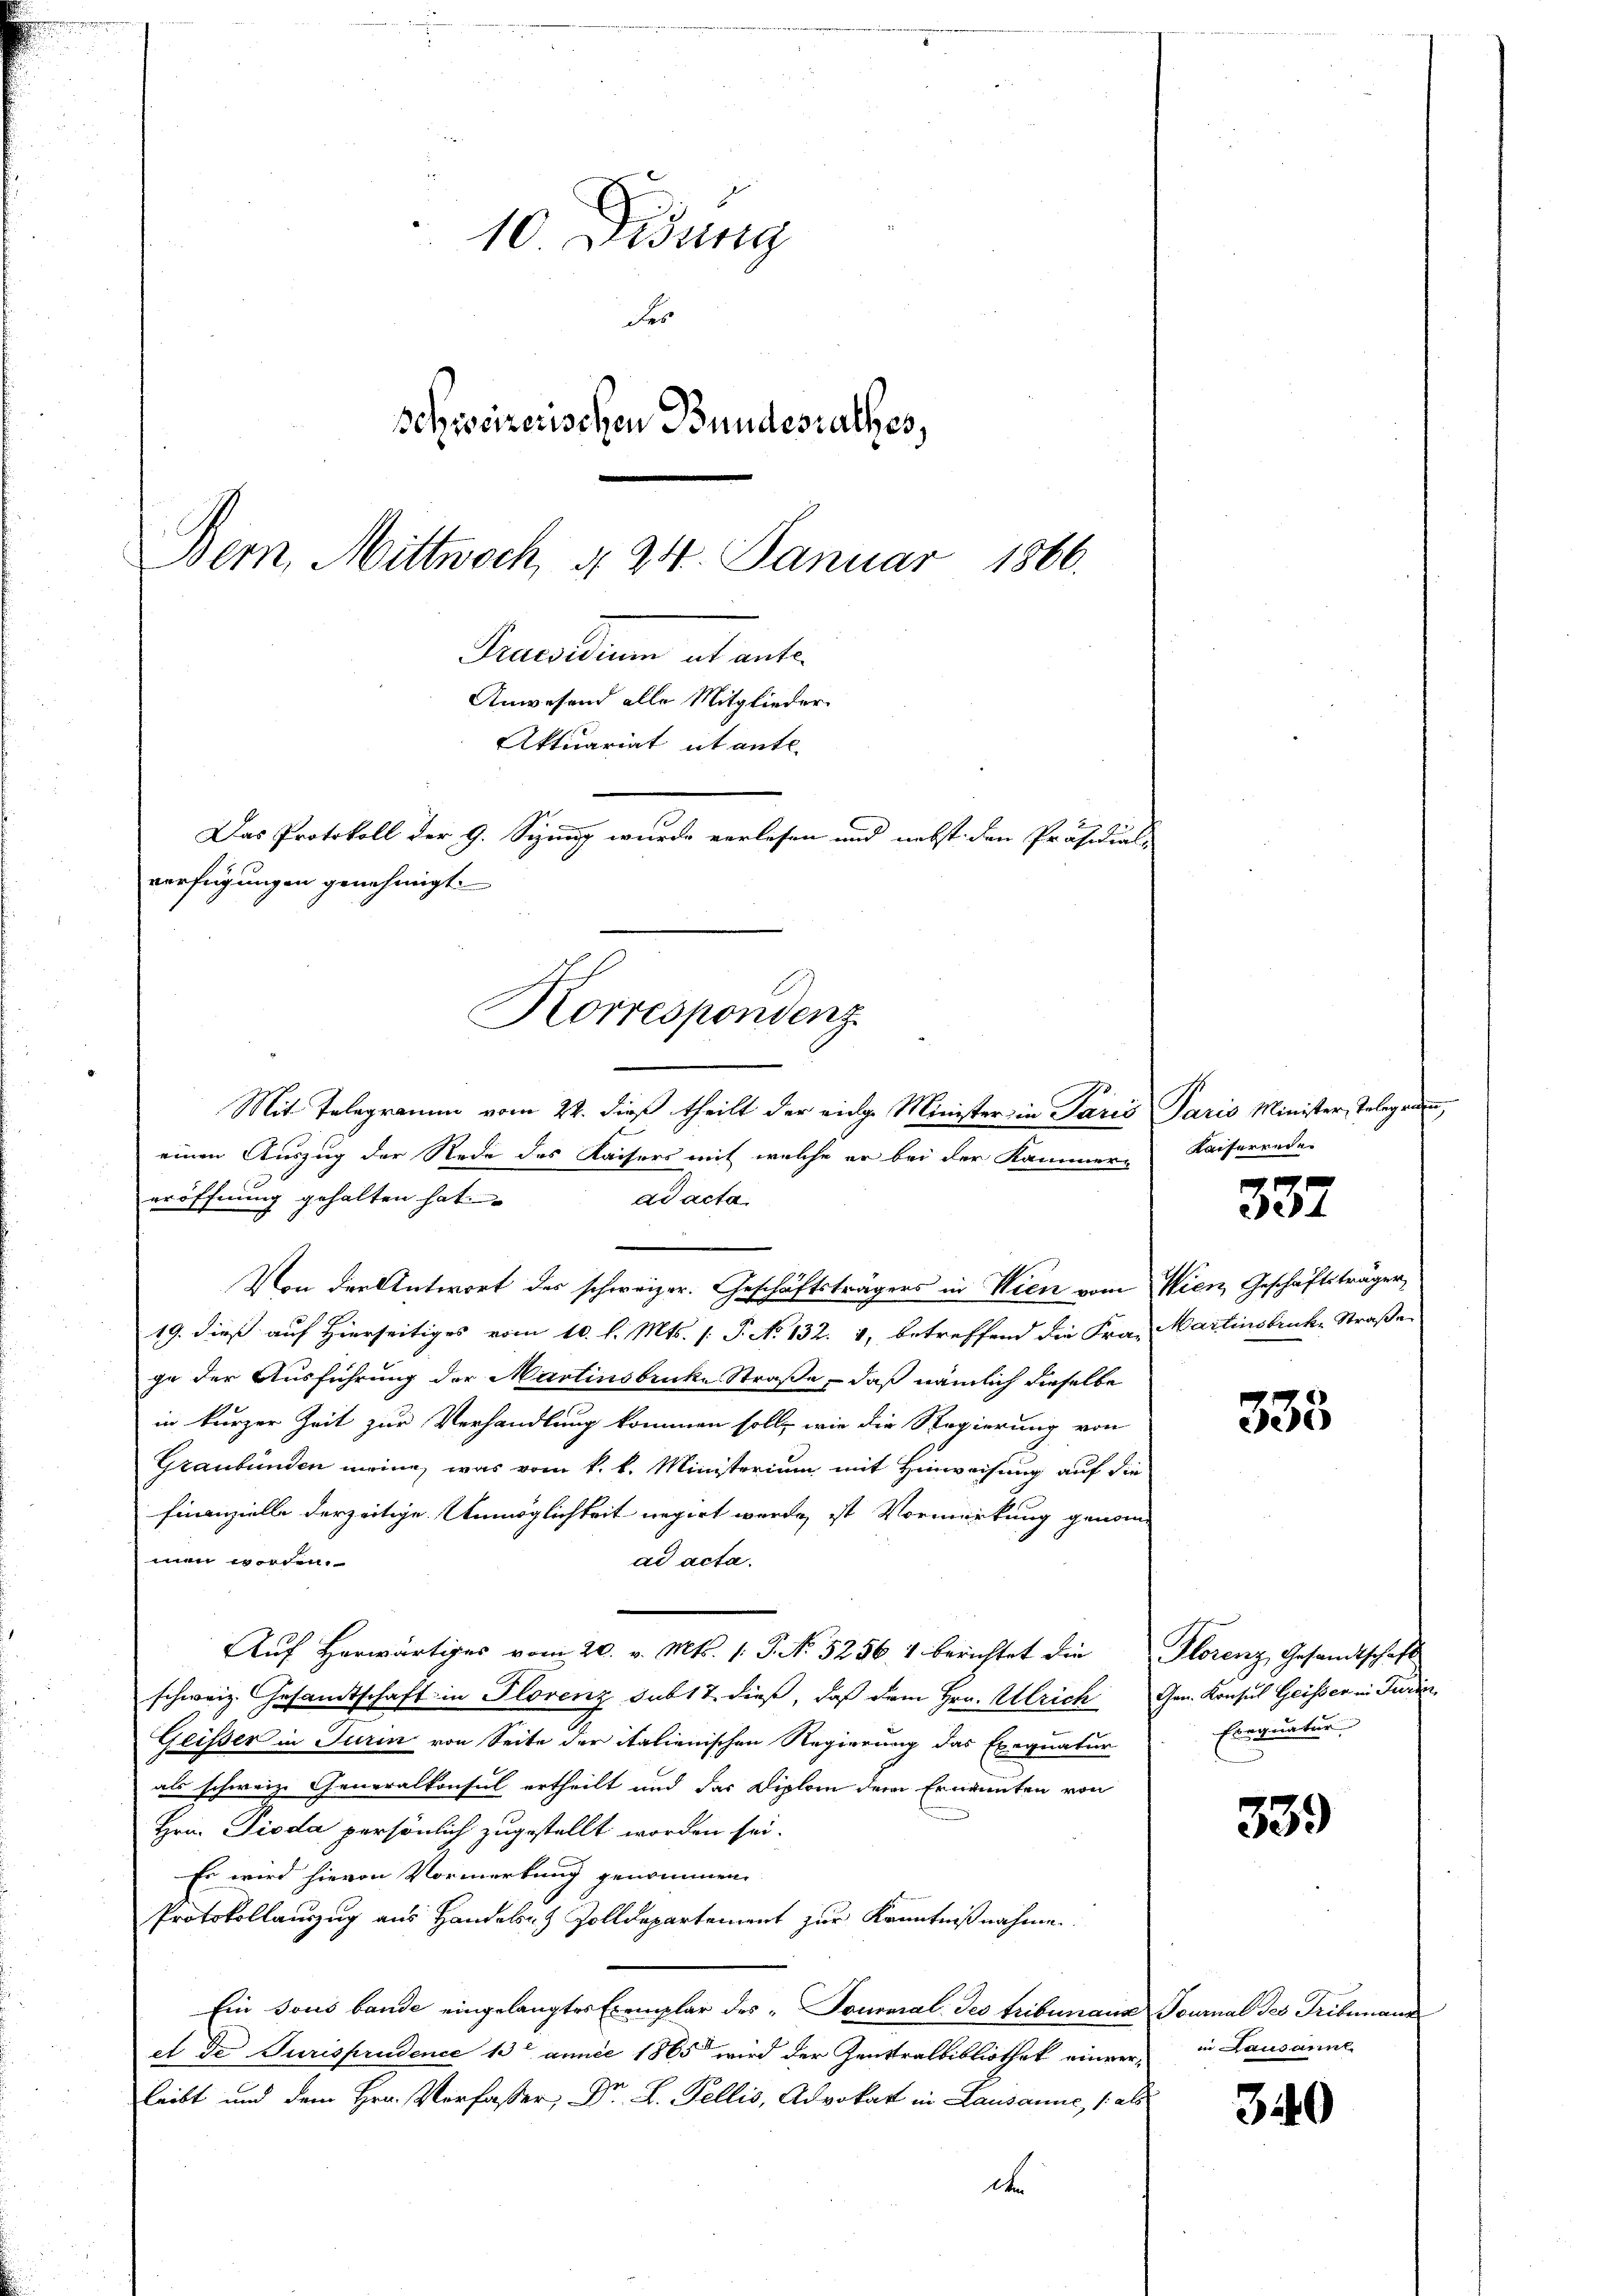
10 Didung
Fes
schreizerischen Bundesrathes,
Bern, Mittwoch, § 24. Januar 1866.
Peuersterium et ante
Anwesend alle Mitglieder
Aktuariat utante
Das Protokoll der 9. Sizung wurde verlesen und nebst den Präsidial-
verfügungen genehmigt.

Von der Antwort des schweizer. Geschäftsträgers in Wien vom Wien Geschäftsträger
19. dieß auf Hierseitiges vom 10. l. Mts. /: P. No 132. 4, betreffend die Frau Martinsbrucke Straßen
ge der Ausführung der Martinsbrucke Straße, daß nämlich dieselbe
in kurzer Zeit zur Verhandlung kommen soll, wie die Regierung von
Graubünden meine, was vom k. k. Ministerium mit Hinweisung auf die
Finanzielle derzeitige Unmöglichkeit negirt werde, ist Vormerkung genommen worden.
ad acta.
ŭf herwärtiges vom 20. v. Mts. 1. P. No 5256. 4 berichtet die Florenz Gesandtschaft
schweiz. Gesandtschaft in Plovenz sub 17. dieß, daß dem Hrn. Ulrich Gen. Konsul Geisser in Turin
Geisser in Turin von Seite der italienischen Regierung das Exequatur
als schweiz. Generalkonsul ertheilt und das Diplom dem Ernannten von
Hrn. Dioda persönlich zugestellt worden sei.
Es wird hievon Vormerkung genommen
Protokollauszug aus Handeln Zolldepartement zur Kenntnißnahme.
Ein sous bande eingelangtes Exemplar des „Tousmal Jes tribunaus Tournal des Tribunaus
et de Jurisprudence 13 année 1865 wird der Zentralbibliothek einer in Lausanne
leibt und dem Hrn. Verfasser, Dr. L. Pellis, Advokat in Lausanne, 1 als
d

Mit Telegramm vom 22. dieß theilt der einge Minister in Paris Paris Minister, Telegr
einen Auszug der Rede des Kaisers mit welche er bei der Kammer-
eröffnung gehalten hat.
ad acta.

Korrespondenz

Kaiferrede

337

333

Exequatur

33.

340